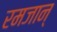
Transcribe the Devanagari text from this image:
रमजान्